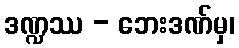
ဒဏ္ဍဿ - ဘေးဒဏ်မှ၊